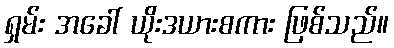
ရှမ်း အခေါ် ယိုးဒယားစကား ဖြစ်သည်။